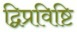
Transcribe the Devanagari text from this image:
द्विप्रविष्टि